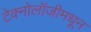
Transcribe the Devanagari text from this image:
टेक्नोलॉजीमधून